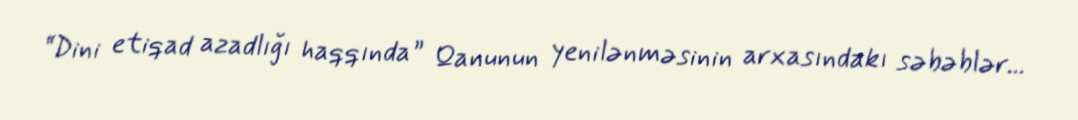
“Dini etiqad azadlığı haqqında” Qanunun yenilənməsinin arxasındakı səbəblər...